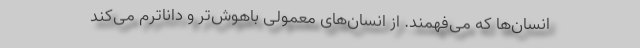
انسان‌ها که می‌فهمند. از انسان‌های معمولی باهوش‌تر و داناترم می‌کند